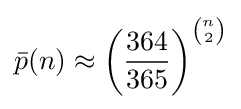
{\bar {p}}(n)\approx \left({\frac {364}{365}}\right)^{\binom {n}{2}}